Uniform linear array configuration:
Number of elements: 4
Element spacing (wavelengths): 1
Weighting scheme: hann
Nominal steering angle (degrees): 0
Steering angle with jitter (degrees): -1.397
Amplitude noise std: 0.05
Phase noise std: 0.05

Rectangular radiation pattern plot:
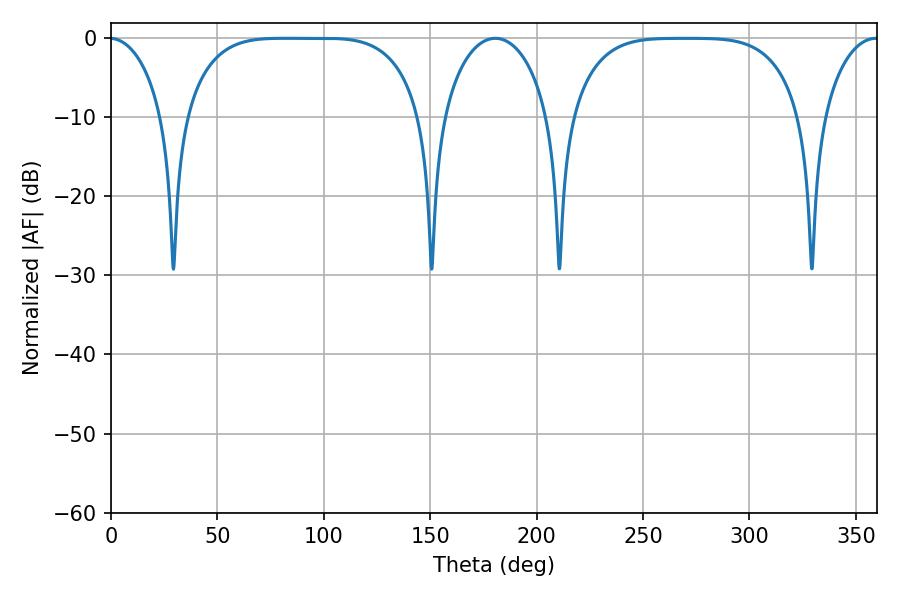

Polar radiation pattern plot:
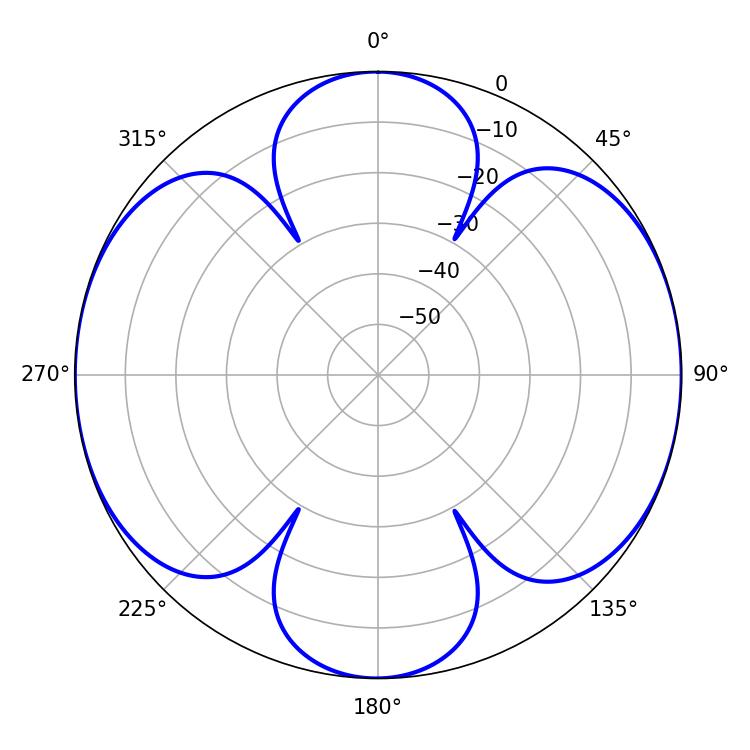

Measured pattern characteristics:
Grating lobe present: TRUE
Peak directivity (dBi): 16.666
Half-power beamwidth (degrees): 84.6
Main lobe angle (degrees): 81.72